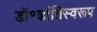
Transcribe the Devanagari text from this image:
डॉ॰शांतिस्वरूप